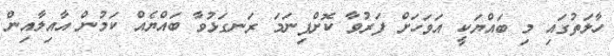
ހާލަތުގައި މި ބައްޔަކީ އަވަހަށް ފަރުވާ ކޮށްފިނަމަ ރަނގަޅުވާ ބައްޔެއް ކަމުން އާއިލާއިން